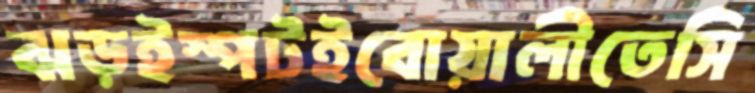
ঝড়ইস্পটইবোয়ালীতেসি